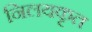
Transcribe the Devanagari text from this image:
निलयकृत